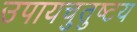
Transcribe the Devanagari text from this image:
उपायचुतुष्टय